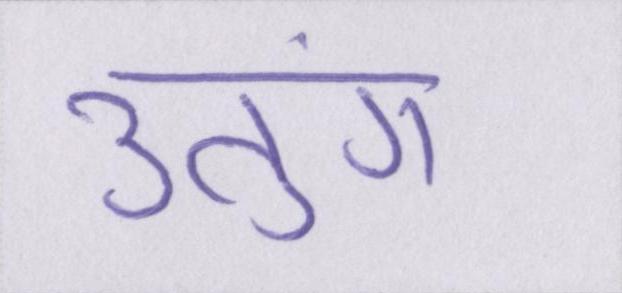
उतुंग